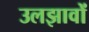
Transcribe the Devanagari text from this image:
उलझावों